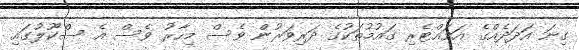
ގިނަ އަދަދެއްގެ އަވައްޓެރި ގައުމުތަކުގެ ދަރިވަރުން ވެސް މިހާރު ވެސް އެ ސްކޫލުގައި